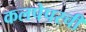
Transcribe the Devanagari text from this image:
कलपेपरची